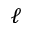
\ell